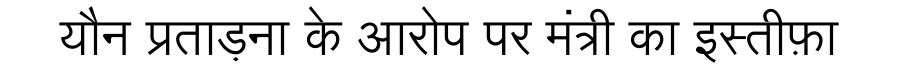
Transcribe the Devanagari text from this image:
यौन प्रताड़ना के आरोप पर मंत्री का इस्तीफ़ा